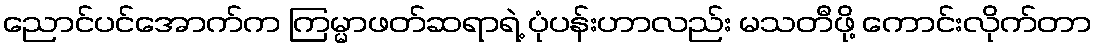
ညောင်ပင်အောက်က ကြမ္မာဖတ်ဆရာရဲ့ ပုံပန်းဟာလည်း မသတီဖို့ ကောင်းလိုက်တာ